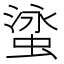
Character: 𬠘